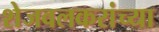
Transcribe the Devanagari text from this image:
शेजवलकरांच्या